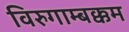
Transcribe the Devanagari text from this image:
विरुगाम्बक्कम